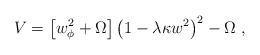
LaTeX: \begin{align*} V=\left[w_\phi^2 +\Omega\right]\left(1-\lambda\kappa w^2\right)^2- \Omega~,\end{align*}